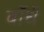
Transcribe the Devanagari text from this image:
बाँधें